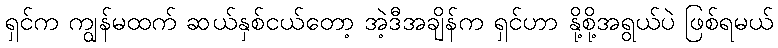
ရှင်က ကျွန်မထက် ဆယ်နှစ်ငယ်တော့ အဲ့ဒီအချိန်က ရှင်ဟာ နို့စို့အရွယ်ပဲ ဖြစ်ရမယ်